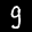
Label: 9